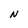
Character: N